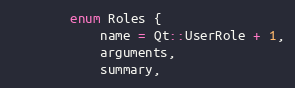
Language: C
        enum Roles {
            name = Qt::UserRole + 1,
            arguments,
            summary,